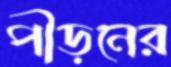
পীড়নের